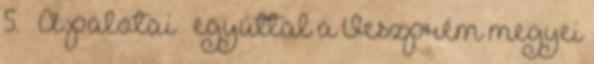
5. – A palotai – egyúttal a Veszprém megyei